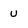
Character: u